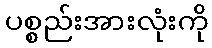
ပစ္စည်းအားလုံးကို